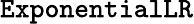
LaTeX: \texttt{ExponentialLR}